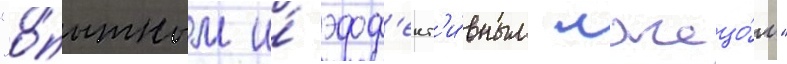
"о́пытным и́ эфф'ект'и́вным лжецо́м"